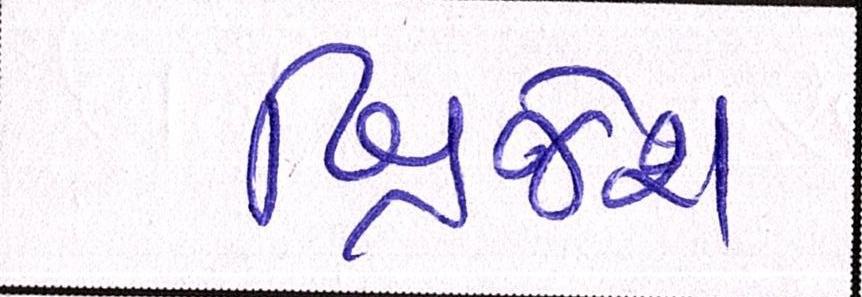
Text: બ્રિજેશ